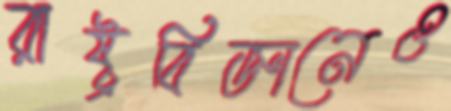
রাষ্ট্রবিজ্ঞানেও